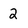
Character: 2